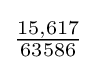
{\tfrac {15,617}{63586}}